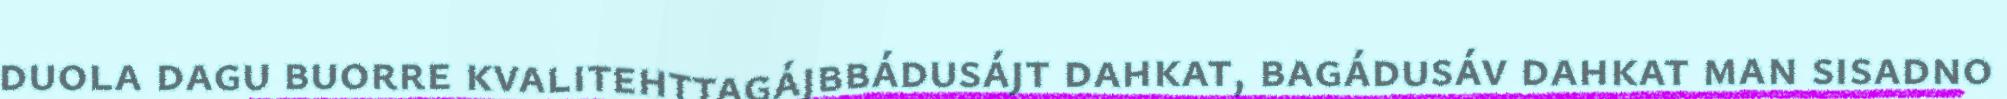
duola dagu buorre kvalitehttagájbbádusájt dahkat, bagádusáv dahkat man sisadno